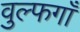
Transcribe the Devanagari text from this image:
वुल्फगाँ